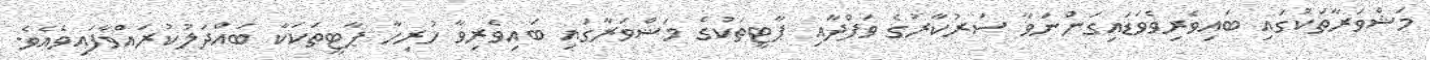
މަޝްވަރާތަކުގައި ބައިވެރިވެވަޑައިގަންނަވާ ސަރުކާރުގެ ވަފްދާއި ޕާޓީތަކުގެ މަޝްވަރާގައި ބައިވެރިވާ ހުރިހާ ޕާޓީތަކަކާ ބައްދަލުކުރައްވާފައިވެއެވެ.